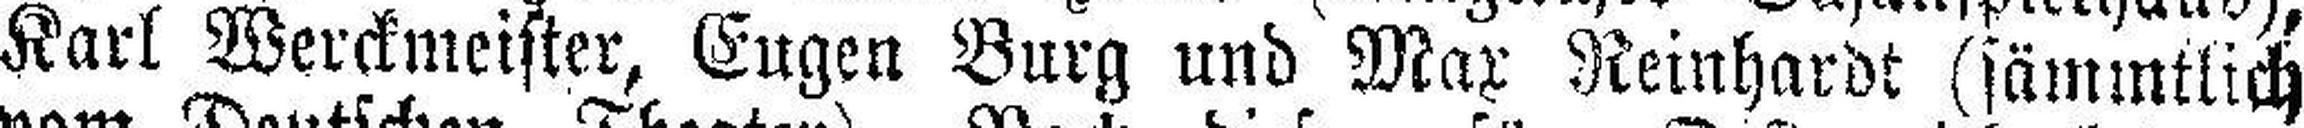
Karl Werckmeister, Eugen Burg und Max Reinhardt (sämmtlich